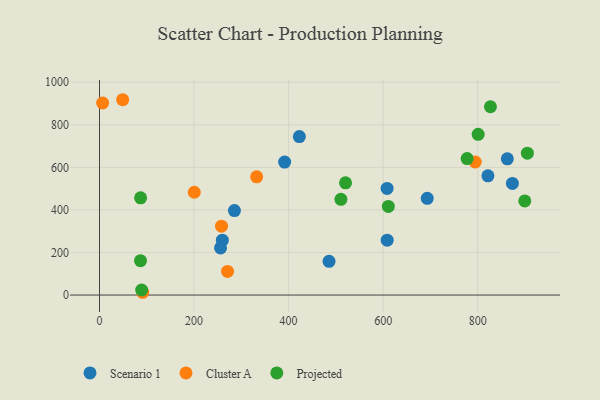
{"axis": {"x": "Speed", "y": "Profit"}, "legend": ["Cluster A", "Projected", "Scenario 1"], "data": [{"x": "391.6", "y": 625.0, "type": "Scenario 1"}, {"x": "259.8", "y": 257.8, "type": "Scenario 1"}, {"x": "608.3", "y": 501.0, "type": "Scenario 1"}, {"x": "285.4", "y": 397.2, "type": "Scenario 1"}, {"x": "873.3", "y": 524.4, "type": "Scenario 1"}, {"x": "693.2", "y": 454.5, "type": "Scenario 1"}, {"x": "862.6", "y": 640.1, "type": "Scenario 1"}, {"x": "256.0", "y": 221.3, "type": "Scenario 1"}, {"x": "821.6", "y": 560.1, "type": "Scenario 1"}, {"x": "422.7", "y": 744.6, "type": "Scenario 1"}, {"x": "608.5", "y": 257.8, "type": "Scenario 1"}, {"x": "485.5", "y": 158.6, "type": "Scenario 1"}, {"x": "332.4", "y": 555.8, "type": "Cluster A"}, {"x": "6.6", "y": 902.6, "type": "Cluster A"}, {"x": "49.0", "y": 918.0, "type": "Cluster A"}, {"x": "794.7", "y": 625.2, "type": "Cluster A"}, {"x": "258.1", "y": 323.8, "type": "Cluster A"}, {"x": "91.4", "y": 13.0, "type": "Cluster A"}, {"x": "200.5", "y": 483.2, "type": "Cluster A"}, {"x": "270.8", "y": 110.8, "type": "Cluster A"}, {"x": "905.0", "y": 667.0, "type": "Projected"}, {"x": "777.6", "y": 641.3, "type": "Projected"}, {"x": "899.5", "y": 442.5, "type": "Projected"}, {"x": "86.9", "y": 457.1, "type": "Projected"}, {"x": "86.7", "y": 161.4, "type": "Projected"}, {"x": "800.9", "y": 755.5, "type": "Projected"}, {"x": "826.9", "y": 884.9, "type": "Projected"}, {"x": "610.9", "y": 416.4, "type": "Projected"}, {"x": "510.6", "y": 449.8, "type": "Projected"}, {"x": "520.4", "y": 527.4, "type": "Projected"}, {"x": "89.2", "y": 23.8, "type": "Projected"}]}